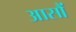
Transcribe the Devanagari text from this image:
आसौं